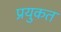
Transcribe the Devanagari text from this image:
प्रयुकत